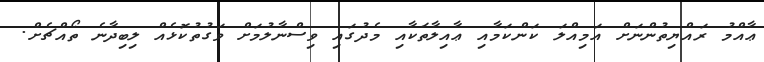
ޢާއްމު ރައްޔިތުންނަށް އަމިއްލަ ކަންކަމާއި ޢާއިލާތަކާއި މެދުގައި ވިސްނާލުމަށް ވަގުތުކޮޅެއް ލިބިދާނެ ތޯއްޗެށް.